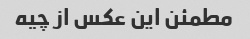
مطمئن این عکس از چیه